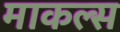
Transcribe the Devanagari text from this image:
माकल्स